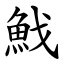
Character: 䰹